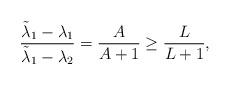
LaTeX: \begin{align*} \frac{\tilde\lambda_{1}-\lambda_1}{\tilde\lambda_{1}-\lambda_2}&= \frac{A}{A+1}\geq \frac{L}{L+1},\end{align*}